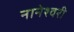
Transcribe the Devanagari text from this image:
नानेश्वरी